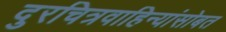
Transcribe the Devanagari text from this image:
दुरचित्रवाहिन्यांसोबत